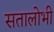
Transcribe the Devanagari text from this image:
सतालोभी